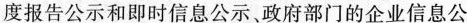
度报告公示和即时信息公示、政府部门的企业信息公